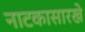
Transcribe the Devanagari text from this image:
नाटकासारखे